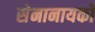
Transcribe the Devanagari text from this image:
सेनानायको